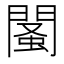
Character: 𨵕